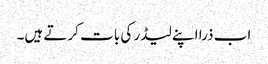
اب ذرا اپنے لیڈر کی بات کرتے ہیں۔